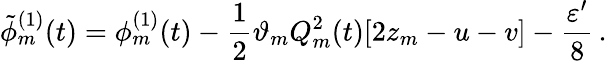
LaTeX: \tilde{\phi}_{m}^{(1)}(t)=\phi_{m}^{(1)}(t)-\frac{1}{2}\vartheta_{m}Q_{m}^{2}(t)[2z_{m}-u-v]-\frac{\varepsilon^{\prime}}{8}\, .